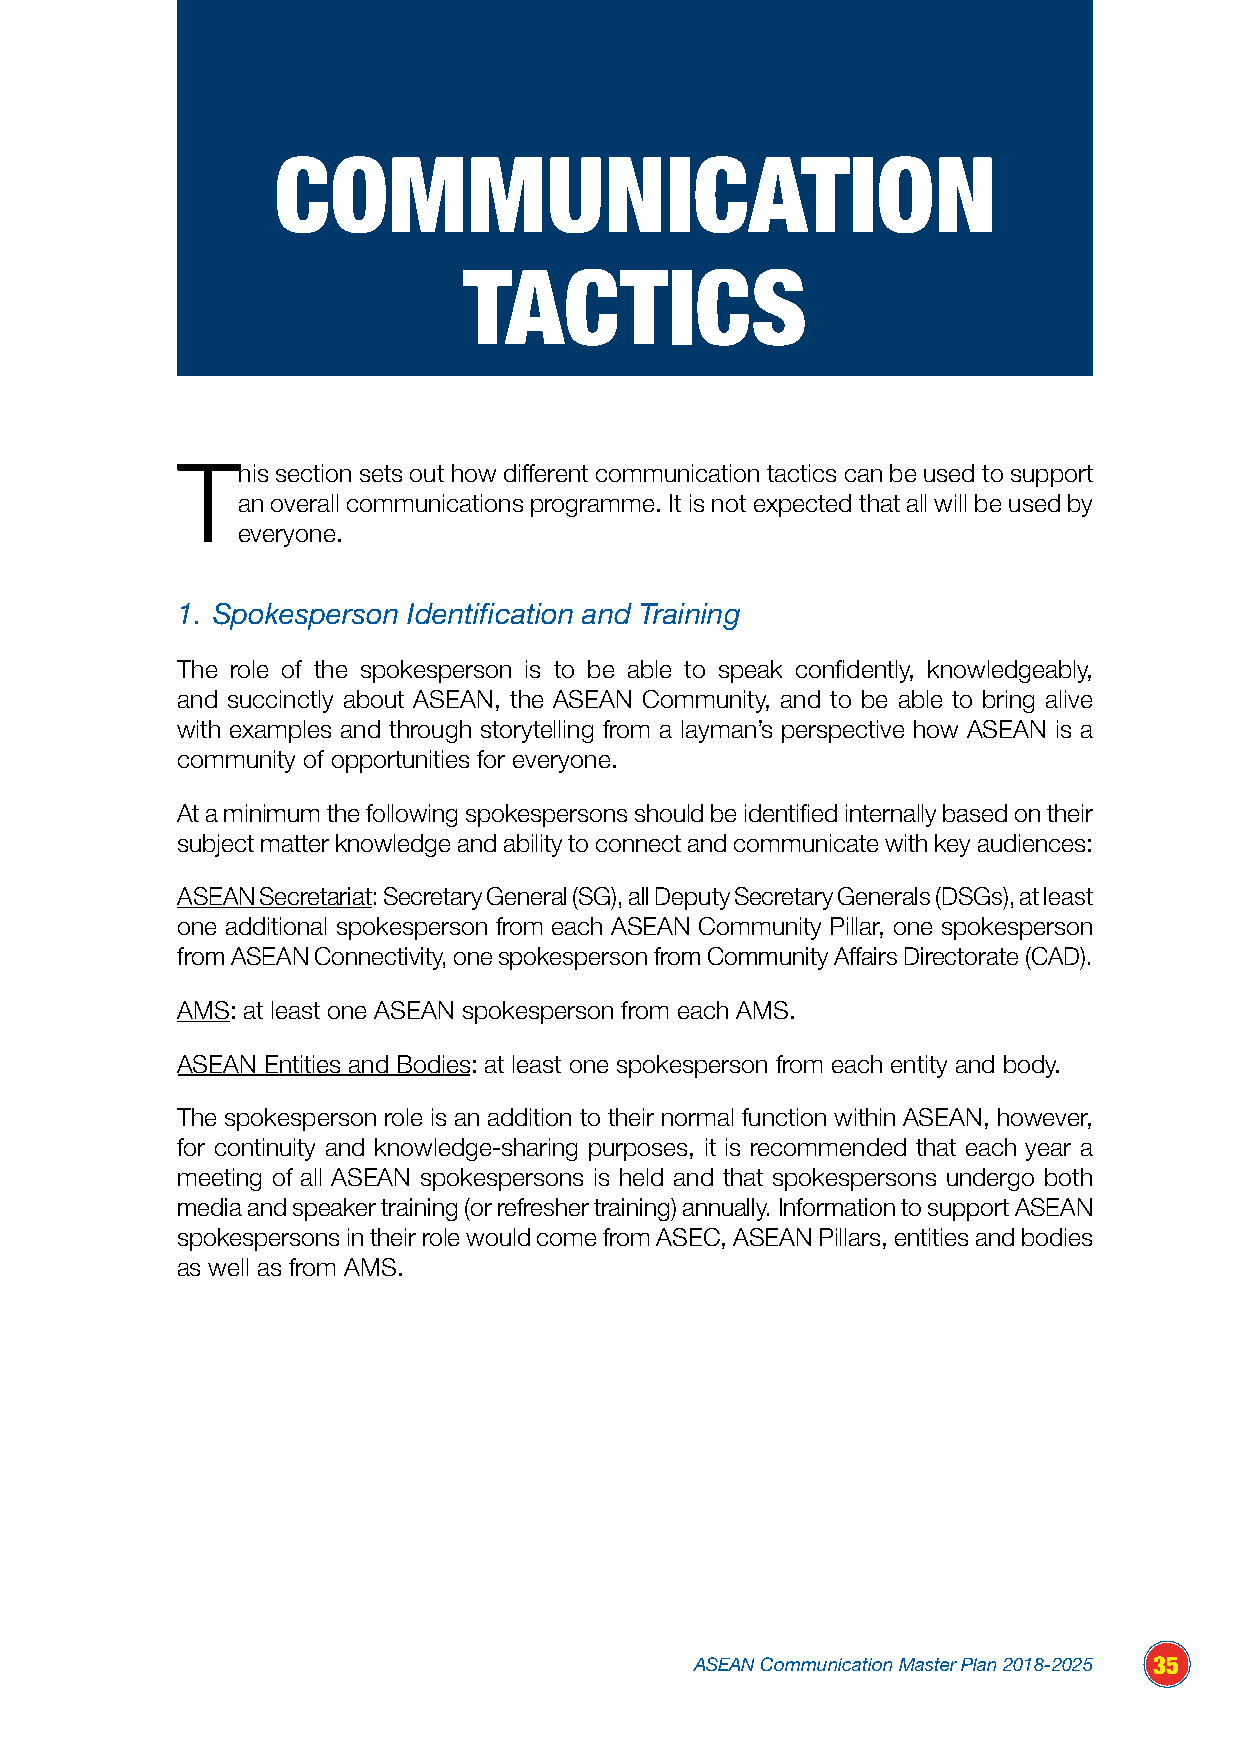
COMMUNICATION
 TACTICS
 This  section sets out how different communication tactics can be used to support
 an overall communications programme. It is not expected that all will be used by
 everyone.
 1. Spokesperson Identification and Training
 The role of the spokesperson is to be able to speak confidently, knowledgeably,
 and succinctly about ASEAN, the ASEAN Community, and to be able to bring alive
 with examples and through storytelling from a layman’s perspective how ASEAN is a
 community of opportunities for everyone.
 At a minimum the following spokespersons should be identified internally based on their
 subject matter knowledge and ability to connect and communicate with key audiences:
 ASEAN Secretariat: Secretary General (SG), all Deputy Secretary Generals (DSGs), at least
 one additional spokesperson from each ASEAN Community Pillar, one spokesperson
 from ASEAN Connectivity, one spokesperson from Community Affairs Directorate (CAD).
 AMS: at least one ASEAN spokesperson from each AMS.
 ASEAN Entities and Bodies: at least one spokesperson from each entity and body.
 The spokesperson role is an addition to their normal function within ASEAN, however,
 for continuity and knowledge-sharing purposes, it is recommended that each year a
 meeting of all ASEAN spokespersons is held and that spokespersons undergo both
 media and speaker training (or refresher training) annually. Information to support ASEAN
 spokespersons in their role would come from ASEC, ASEAN Pillars, entities and bodies
 as well as from AMS.
 ASEAN Communication Master Plan 2018-2025 35